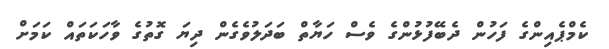
ކެމްޕެއިންގެ ފަހުން ދެބޭފުޅުންގެ ވެސް ހަޔާތް ބަދަލުވެގެން ދިޔަ ގޮތުގެ ވާހަކަތައް ކަމަށް